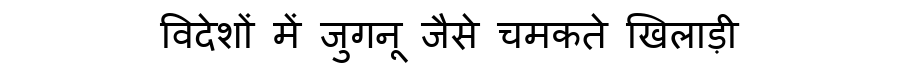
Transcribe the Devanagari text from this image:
विदेशों में जुगनू जैसे चमकते खिलाड़ी